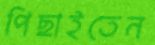
পিছাইতেন